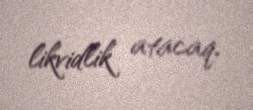
likvidlik atacaq.